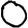
Digit: 0